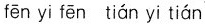
fēn yi fēn tián yi tián